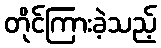
တိုင်ကြားခဲ့သည့်